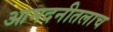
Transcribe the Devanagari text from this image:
आमदनीतलाच